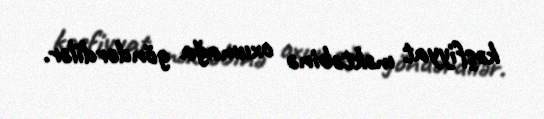
kəşfiyyat məktəbinə oxumağa göndərdilər.